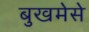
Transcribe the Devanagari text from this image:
बुखमेसे